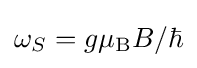
\omega _{S}=g\mu _{\rm {B}}B/\hbar